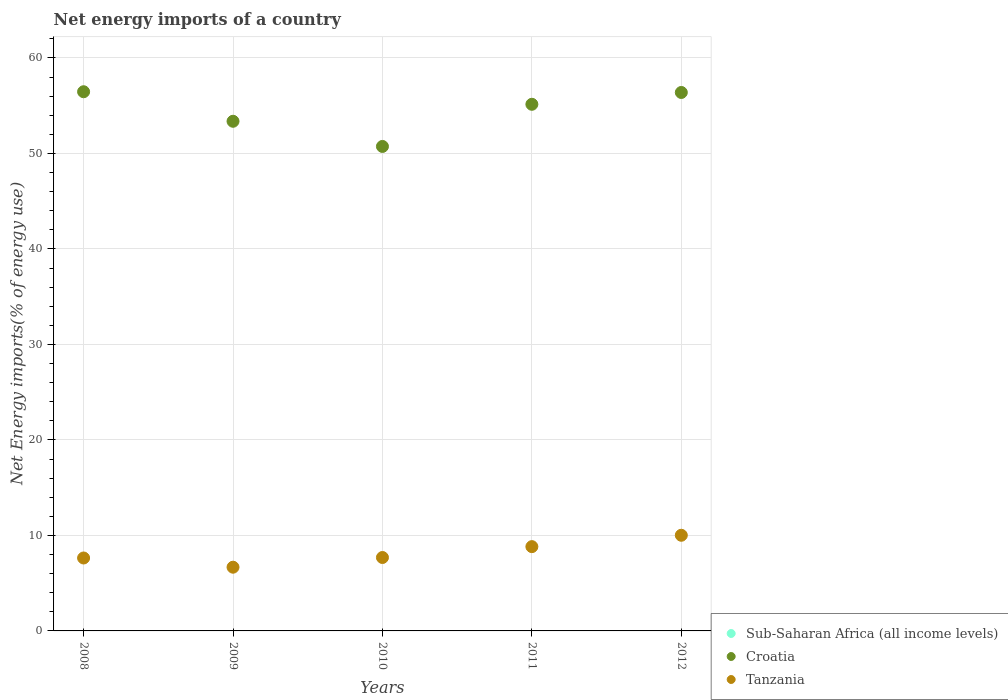
| Years | Sub-Saharan Africa (all income levels) | Croatia | Tanzania |
 | --- | --- | --- | --- |
 | 2008 | -58.4 | 56.5 | 7.64 |
 | 2009 | -57.2 | 53.4 | 6.67 |
 | 2010 | -59.1 | 50.7 | 7.69 |
 | 2011 | -56 | 55.1 | 8.83 |
 | 2012 | -53.2 | 56.4 | 10 |